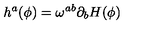
h ^ { a } ( \phi ) = \omega ^ { a b } \partial _ { b } H ( \phi )